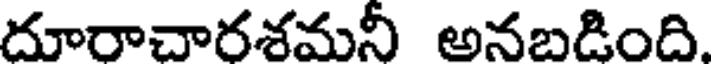
దూరాచారశమనీ అనబడింది.